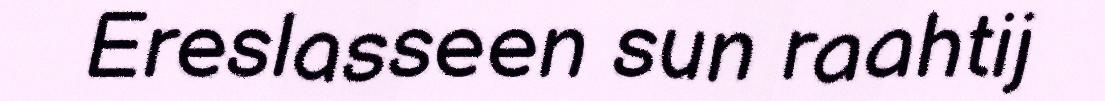
Ereslasseen sun raahtij